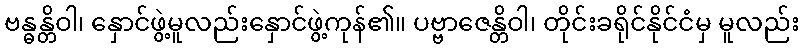
ဗန္ဓန္တိဝါ၊ နှောင်ဖွဲ့မူလည်းနှောင်ဖွဲ့ကုန်၏။ ပဗ္ဗာဇေန္တိဝါ၊ တိုင်းခရိုင်နိုင်ငံမှ မူလည်း